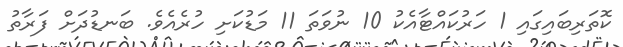
ކޮތަރިބައިގައި 1 ހަރުކައްޓާއެކު 10 ނުވަތަ 11 މަޑުކަށި ހުރެއެވެ. ބަނޑުދަށް ފަރާތު